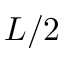
L / 2